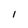
Character: I